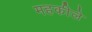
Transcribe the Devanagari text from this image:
महकीले